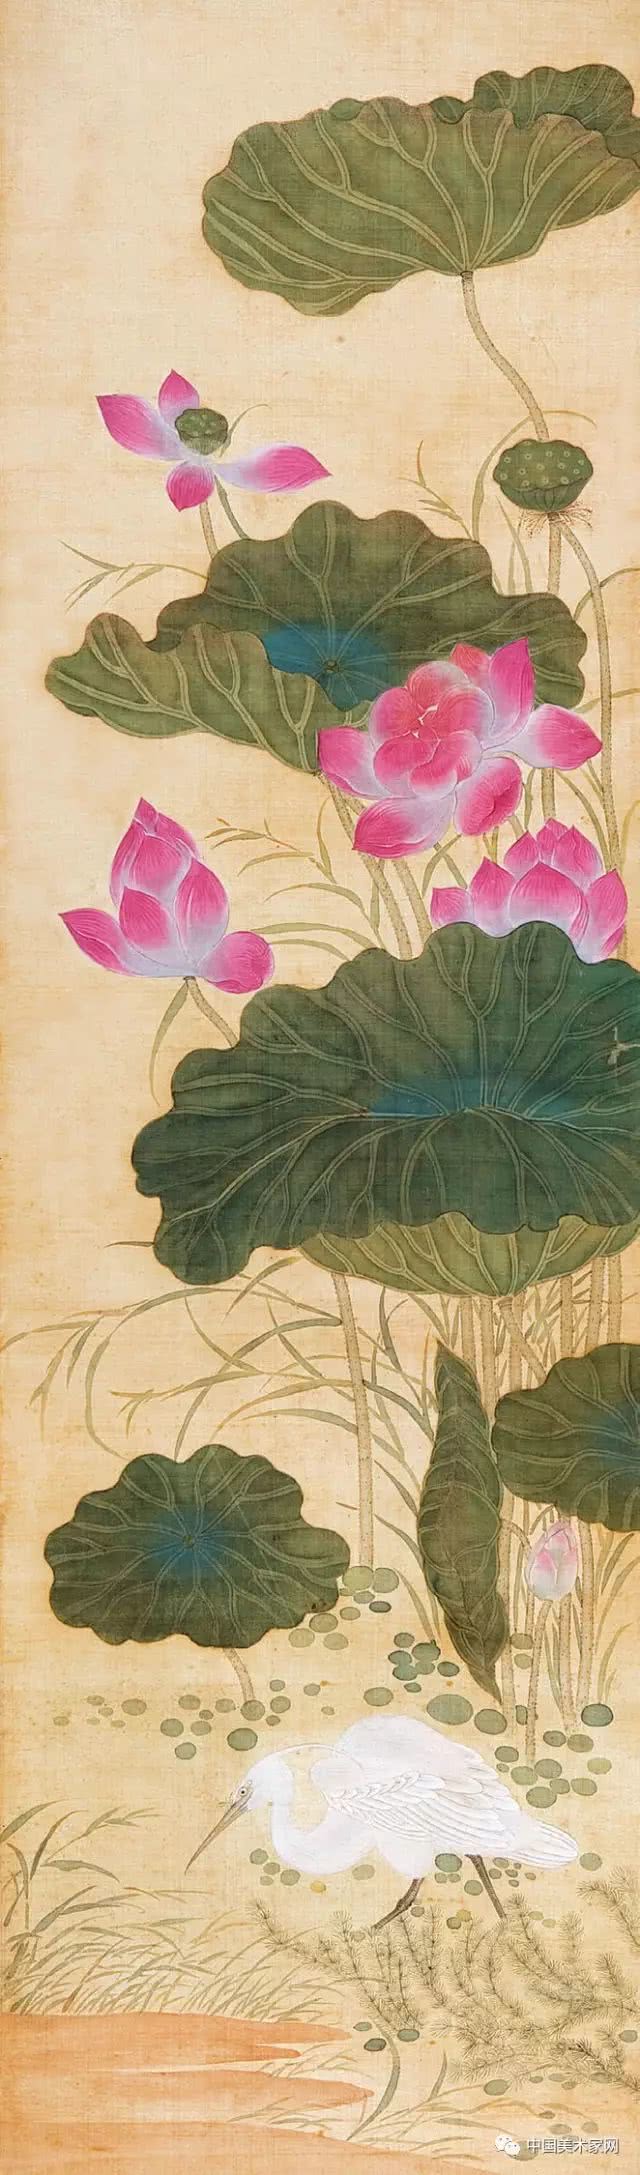
花气袭人知骤暖，鹊声穿树喜新晴。